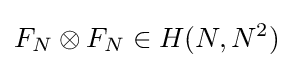
F_{N}\otimes F_{N}\in H(N,N^{2})